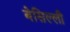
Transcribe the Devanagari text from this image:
बेसिल्ली